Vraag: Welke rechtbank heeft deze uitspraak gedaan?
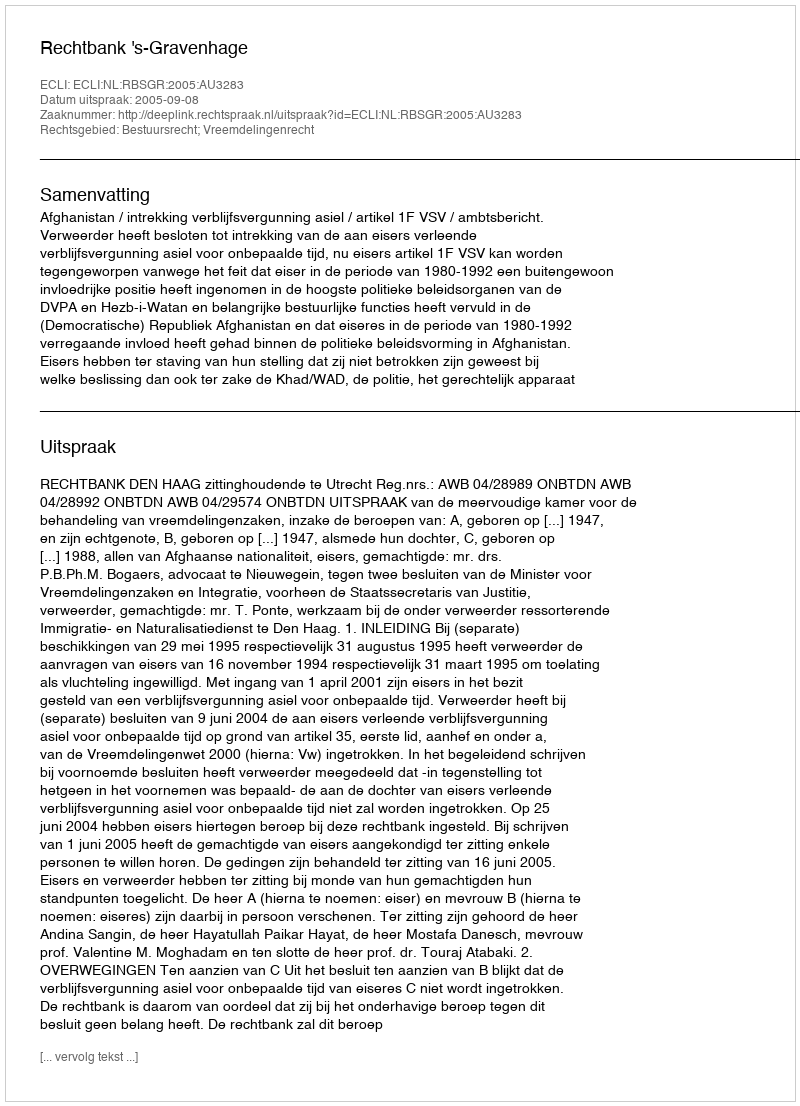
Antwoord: Rechtbank 's-Gravenhage